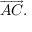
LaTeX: { \overrightarrow { A C } } .